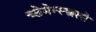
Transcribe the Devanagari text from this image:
च्लेमेन्स्स्त्रस्से